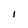
Character: I